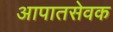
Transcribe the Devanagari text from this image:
आपातसेवक